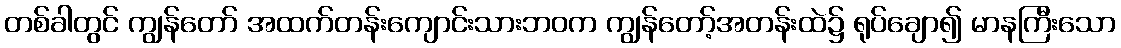
တစ်ခါတွင် ကျွန်တော် အထက်တန်းကျောင်းသားဘဝက ကျွန်တော့်အတန်းထဲ၌ ရုပ်ချော၍ မာနကြီးသော